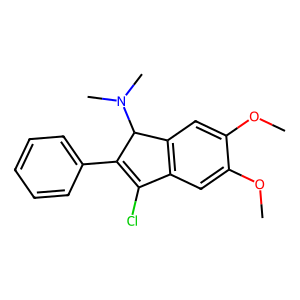
SMILES: COc1cc2c(cc1OC)C(N(C)C)C(c1ccccc1)=C2Cl
Inhibits HIV replication: No